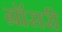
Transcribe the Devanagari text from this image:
ग्रॉसरी